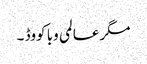
مگر عالمی وبا کووڈ ۔